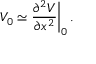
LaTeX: V _ { 0 } \simeq { \frac { \partial ^ { 2 } V } { \partial x ^ { 2 } } } \bigg | _ { 0 } \, .